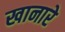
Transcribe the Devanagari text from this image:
खानारे